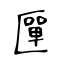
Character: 匰